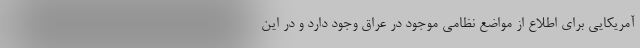
آمریکایی برای اطلاع از مواضع نظامی موجود در عراق وجود دارد و در این